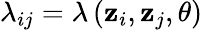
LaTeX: \lambda_{ij}=\lambda\left(\mathbf{z}_{i},\mathbf{z}_{j},\theta\right)